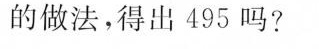
的做法，得出495吗?